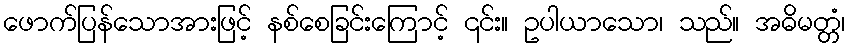
ဖောက်ပြန်သောအားဖြင့် နစ်စေခြင်းကြောင့် ၎င်း။ ဥပါယာသော၊ သည်။ အဓိမတ္တံ၊